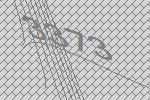
3373